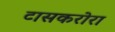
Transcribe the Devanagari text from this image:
टासकरोरा